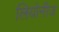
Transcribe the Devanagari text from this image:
लियोनीज